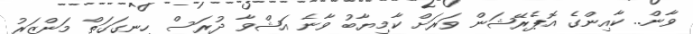
ވާން.. ކާއިންގެ އޮޕެރޭޝަން ވަރަށް ކާމިޔާބު ވާނެ އަޝްވާ ދުރަސް ހިނގަގަތް މަންޒަރު